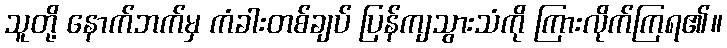
သူတို့ နောက်ဘက်မှ ကံခါးတစ်ချပ် ပြန်ကျသွားသံကို ကြားလိုက်ကြရ၏။